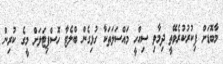
މާބޮޑަށް ފިކުރުކުރެވޭތީ ދިމާވި ސިއްހީ މައްސަލަތަކާ ގުޅިގެން ބްލެޓާ ހޮސްޕިޓަލަށް މީގެ ކުރިން